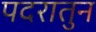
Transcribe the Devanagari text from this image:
पदरातुन